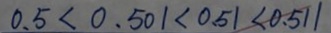
0 . 5 < 0 . 5 0 1 < 0 . 5 1 < 0 . 5 1 1